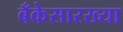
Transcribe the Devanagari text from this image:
बँकेसारख्या